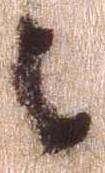
々